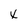
Character: x